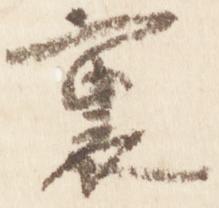
裏